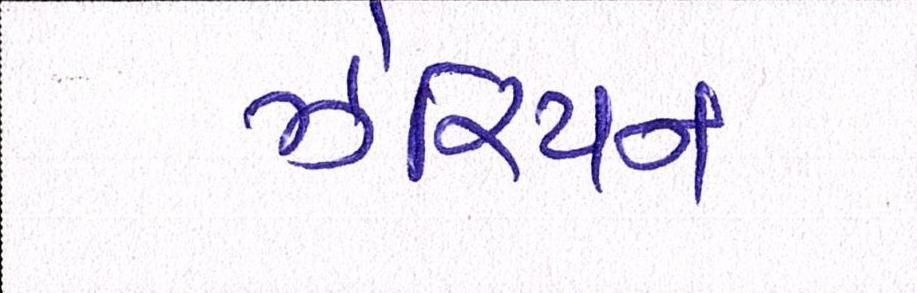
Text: ઝેરિયન